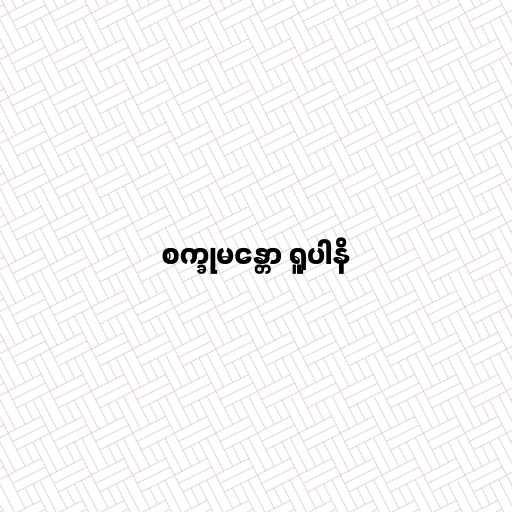
စက္ခုမန္တော ရူပါနိ